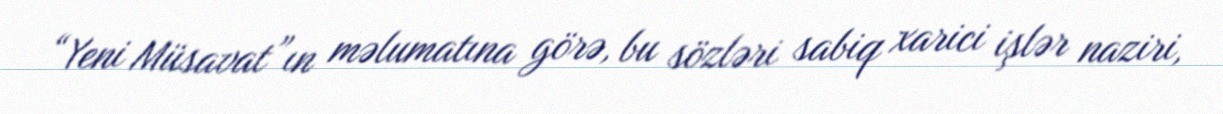
“Yeni Müsavat”ın məlumatına görə, bu sözləri sabiq xarici işlər naziri,